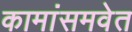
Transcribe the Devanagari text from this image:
कामांसमवेत